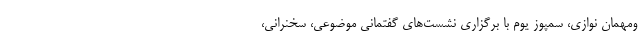
ومهمان نوازی، سمپوز یوم با برگزاری نشست‌های گفتمانی موضوعی، سخنرانی،